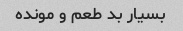
بسیار بد طعم و مونده